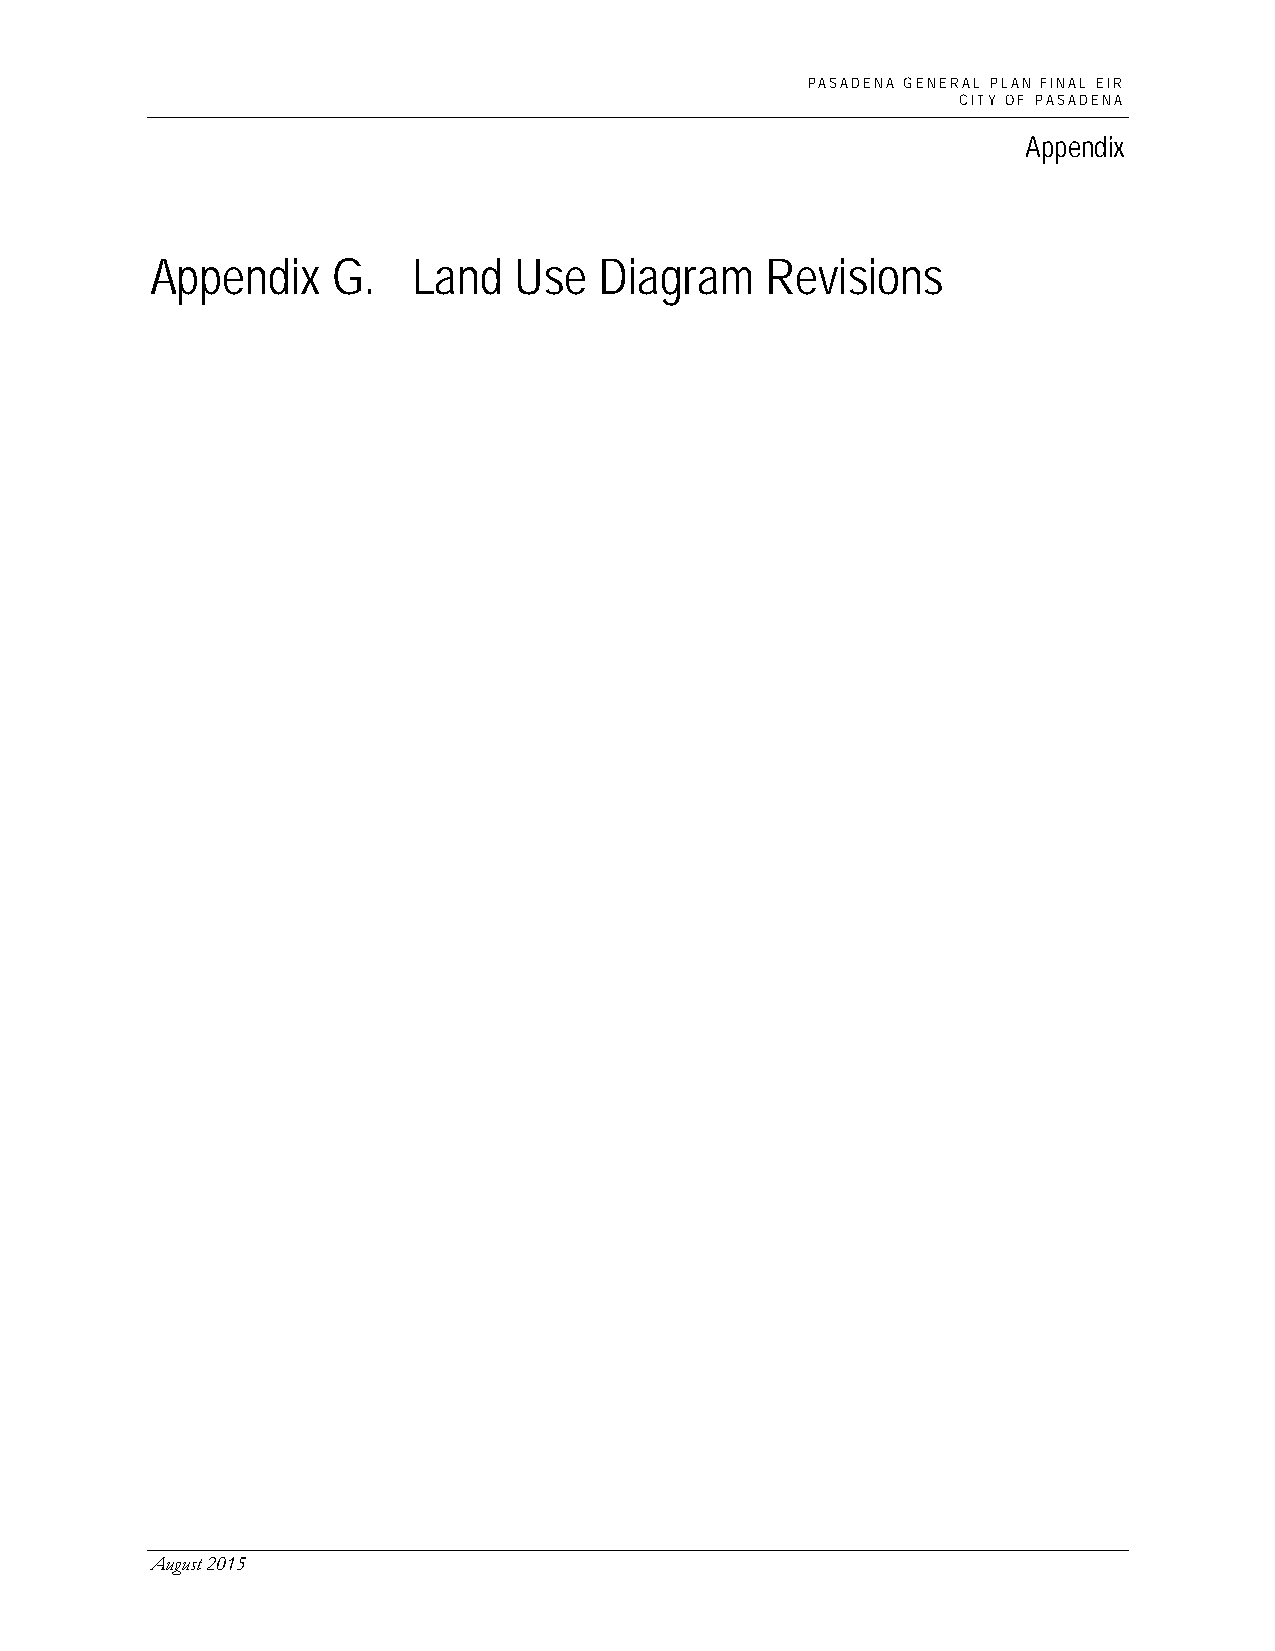
PASADENA GENERAL PLAN FINAL EIR
 CITY OF PASADENA
 Appendix
 Appendix    G.   Land   Use   Diagram    Revisions
 August 2015